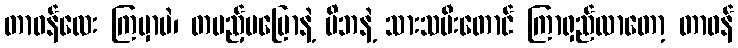
တာဝန်လေး ကြမှာပဲ၊ တပည့်မပြောနဲ့ မိဘနဲ့ သားသမီးတောင် ကြာရှည်လာတော့ တာဝန်